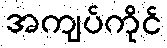
အကျပ်ကိုင်